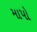
માપો